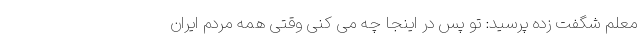
معلم شگفت زده پرسید: تو پس در اینجا چه می کنی وقتی همه مردم ایران